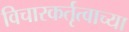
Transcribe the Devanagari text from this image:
विचारकर्तृत्वाच्या